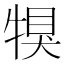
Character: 犑